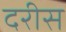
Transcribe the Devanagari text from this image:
दरीस